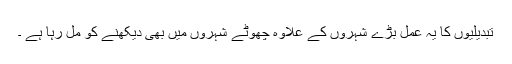
تبدیلیوں کا یہ عمل بڑے شہروں کے علاوہ چھوٹے شہروں میں بھی دیکھنے کو مل رہا ہے ۔